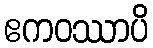
ဧကဝဿာပိ